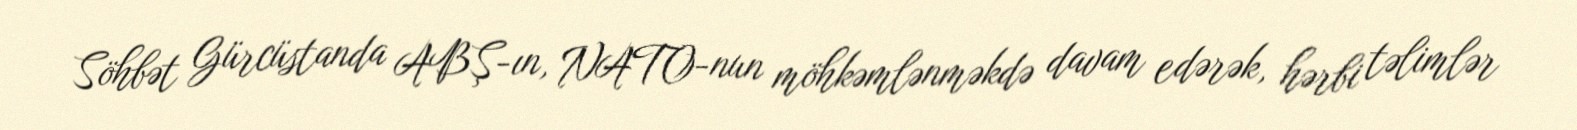
Söhbət Gürcüstanda ABŞ-ın, NATO-nun möhkəmlənməkdə davam edərək, hərbi təlimlər